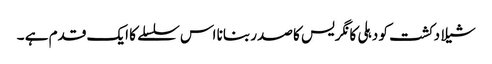
شیلا دکشت کو دہلی کانگریس کا صدر بنانا اس سلسلے کا ایک قدم ہے ۔